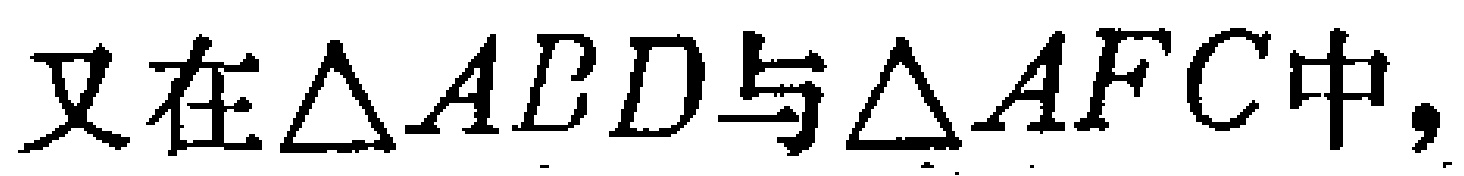
又在$\triangle ABD$与$\triangle AFC$中，